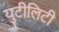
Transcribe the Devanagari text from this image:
युटीलिटी